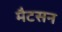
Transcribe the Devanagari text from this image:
मैटसन